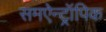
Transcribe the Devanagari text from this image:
समऐन्ट्रॉपिक